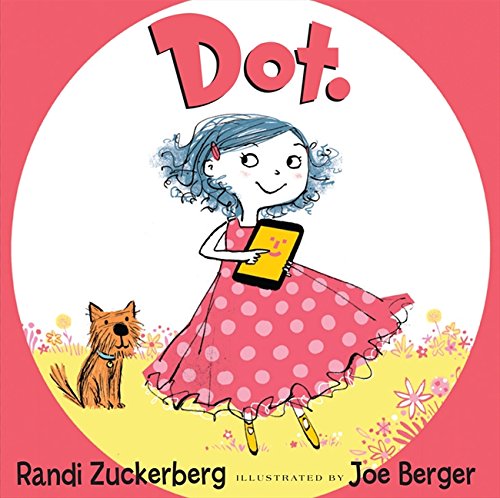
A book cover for Dot.; Randi Zuckerberg; Children's Books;